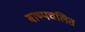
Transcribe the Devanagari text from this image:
बाष्पचलित